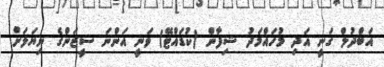
އަބްދުލް ގަނީ އަދި މުހައްމަދު ޝިފާން (ކުޑައްޓޭ) ވަނީ އަންނަ ސީޒަންގެ ނިޔަލަށް